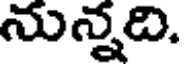
నున్నది.